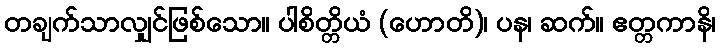
တချက်သာလျှင်ဖြစ်သော။ ပါစိတ္တိယံ (ဟောတိ)၊ ပန၊ ဆက်။ ဧတ္တကာနိ၊